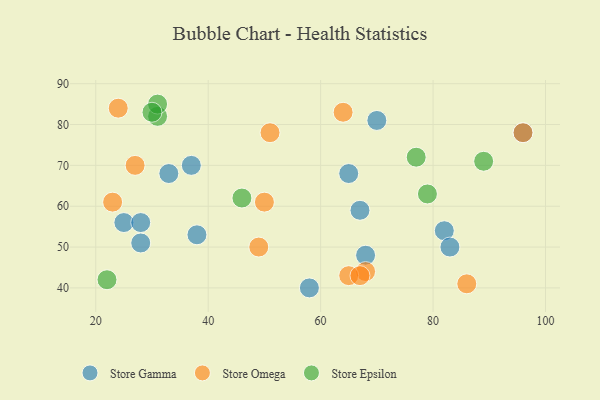
{"axis": {"x": "GDP", "y": "Life Expectancy"}, "legend": ["Store Epsilon", "Store Gamma", "Store Omega"], "data": [{"x": "58", "y": 40, "type": "Store Gamma"}, {"x": "67", "y": 59, "type": "Store Gamma"}, {"x": "25", "y": 56, "type": "Store Gamma"}, {"x": "28", "y": 51, "type": "Store Gamma"}, {"x": "37", "y": 70, "type": "Store Gamma"}, {"x": "82", "y": 54, "type": "Store Gamma"}, {"x": "83", "y": 50, "type": "Store Gamma"}, {"x": "38", "y": 53, "type": "Store Gamma"}, {"x": "65", "y": 68, "type": "Store Gamma"}, {"x": "33", "y": 68, "type": "Store Gamma"}, {"x": "96", "y": 78, "type": "Store Gamma"}, {"x": "28", "y": 56, "type": "Store Gamma"}, {"x": "68", "y": 48, "type": "Store Gamma"}, {"x": "70", "y": 81, "type": "Store Gamma"}, {"x": "51", "y": 78, "type": "Store Omega"}, {"x": "68", "y": 44, "type": "Store Omega"}, {"x": "65", "y": 43, "type": "Store Omega"}, {"x": "23", "y": 61, "type": "Store Omega"}, {"x": "49", "y": 50, "type": "Store Omega"}, {"x": "86", "y": 41, "type": "Store Omega"}, {"x": "96", "y": 78, "type": "Store Omega"}, {"x": "67", "y": 43, "type": "Store Omega"}, {"x": "27", "y": 70, "type": "Store Omega"}, {"x": "24", "y": 84, "type": "Store Omega"}, {"x": "50", "y": 61, "type": "Store Omega"}, {"x": "64", "y": 83, "type": "Store Omega"}, {"x": "89", "y": 71, "type": "Store Epsilon"}, {"x": "31", "y": 82, "type": "Store Epsilon"}, {"x": "22", "y": 42, "type": "Store Epsilon"}, {"x": "31", "y": 85, "type": "Store Epsilon"}, {"x": "77", "y": 72, "type": "Store Epsilon"}, {"x": "46", "y": 62, "type": "Store Epsilon"}, {"x": "30", "y": 83, "type": "Store Epsilon"}, {"x": "79", "y": 63, "type": "Store Epsilon"}]}